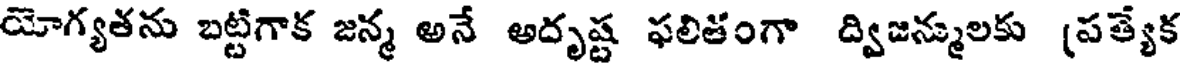
యోగ్యతను బట్టిగాక జన్మ అనే అదృష్ట ఫలితంగా ద్విజన్ములకు (పత్యేక